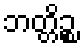
ဘတ္တိဉ္စ